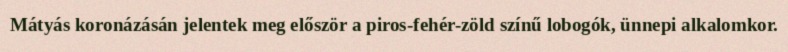
Mátyás koronázásán jelentek meg először a piros-fehér-zöld színű lobogók, ünnepi alkalomkor.